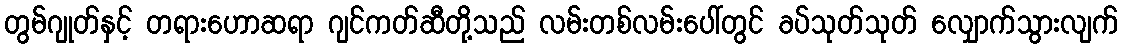
တွမ်ဂျုတ်နှင့် တရားဟောဆရာ ဂျင်ကတ်ဆီတို့သည် လမ်းတစ်လမ်းပေါ်တွင် ခပ်သုတ်သုတ် လျှောက်သွားလျက်